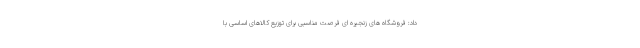
داد: فروشگاه های زنجیره ای فرصت مناسبی برای توزیع کالاهای اساسی با